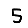
Digit: 5